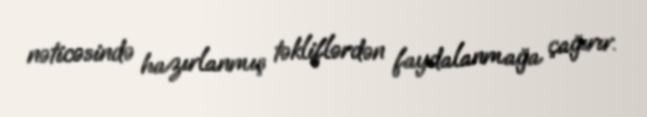
nəticəsində hazırlanmış təkliflərdən faydalanmağa çağırır.